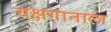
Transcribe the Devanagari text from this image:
यक्षगानाला